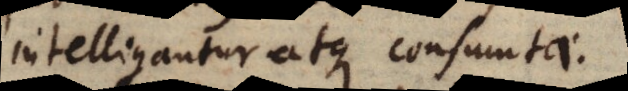
intelligantur atque consumtae.